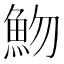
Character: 魩